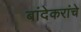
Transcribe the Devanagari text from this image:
बांदेकरांचे